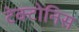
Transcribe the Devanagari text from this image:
टेक्टोनिस